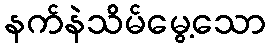
နက်နဲသိမ်မွေ့သော